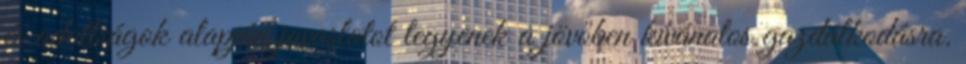
és adottságok alapján javaslatot tegyenek a jövőben kívánatos gazdálkodásra.